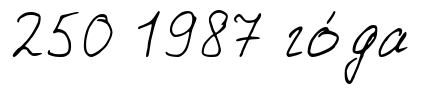
250 1987 го́да